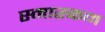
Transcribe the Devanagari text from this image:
स्मारकम